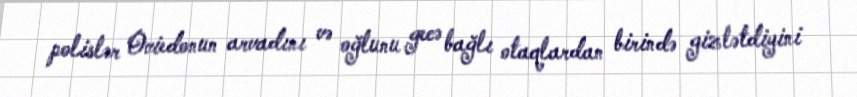
polislər Oviedonun arvadını və oğlunu gecə bağlı otaqlardan birində gizlətdiyini